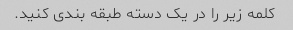
کلمه زیر را در یک دسته طبقه بندی کنید.